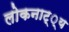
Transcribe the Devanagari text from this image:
लोकनाट््य